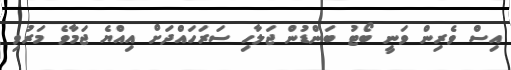
އިސް ވެރިން ވަނީ ބޯޓު ބަންޑުން ޖަލާހި ސަރަހައްދަށް އިއްޔެ ޖަމާވެ މަރުވި